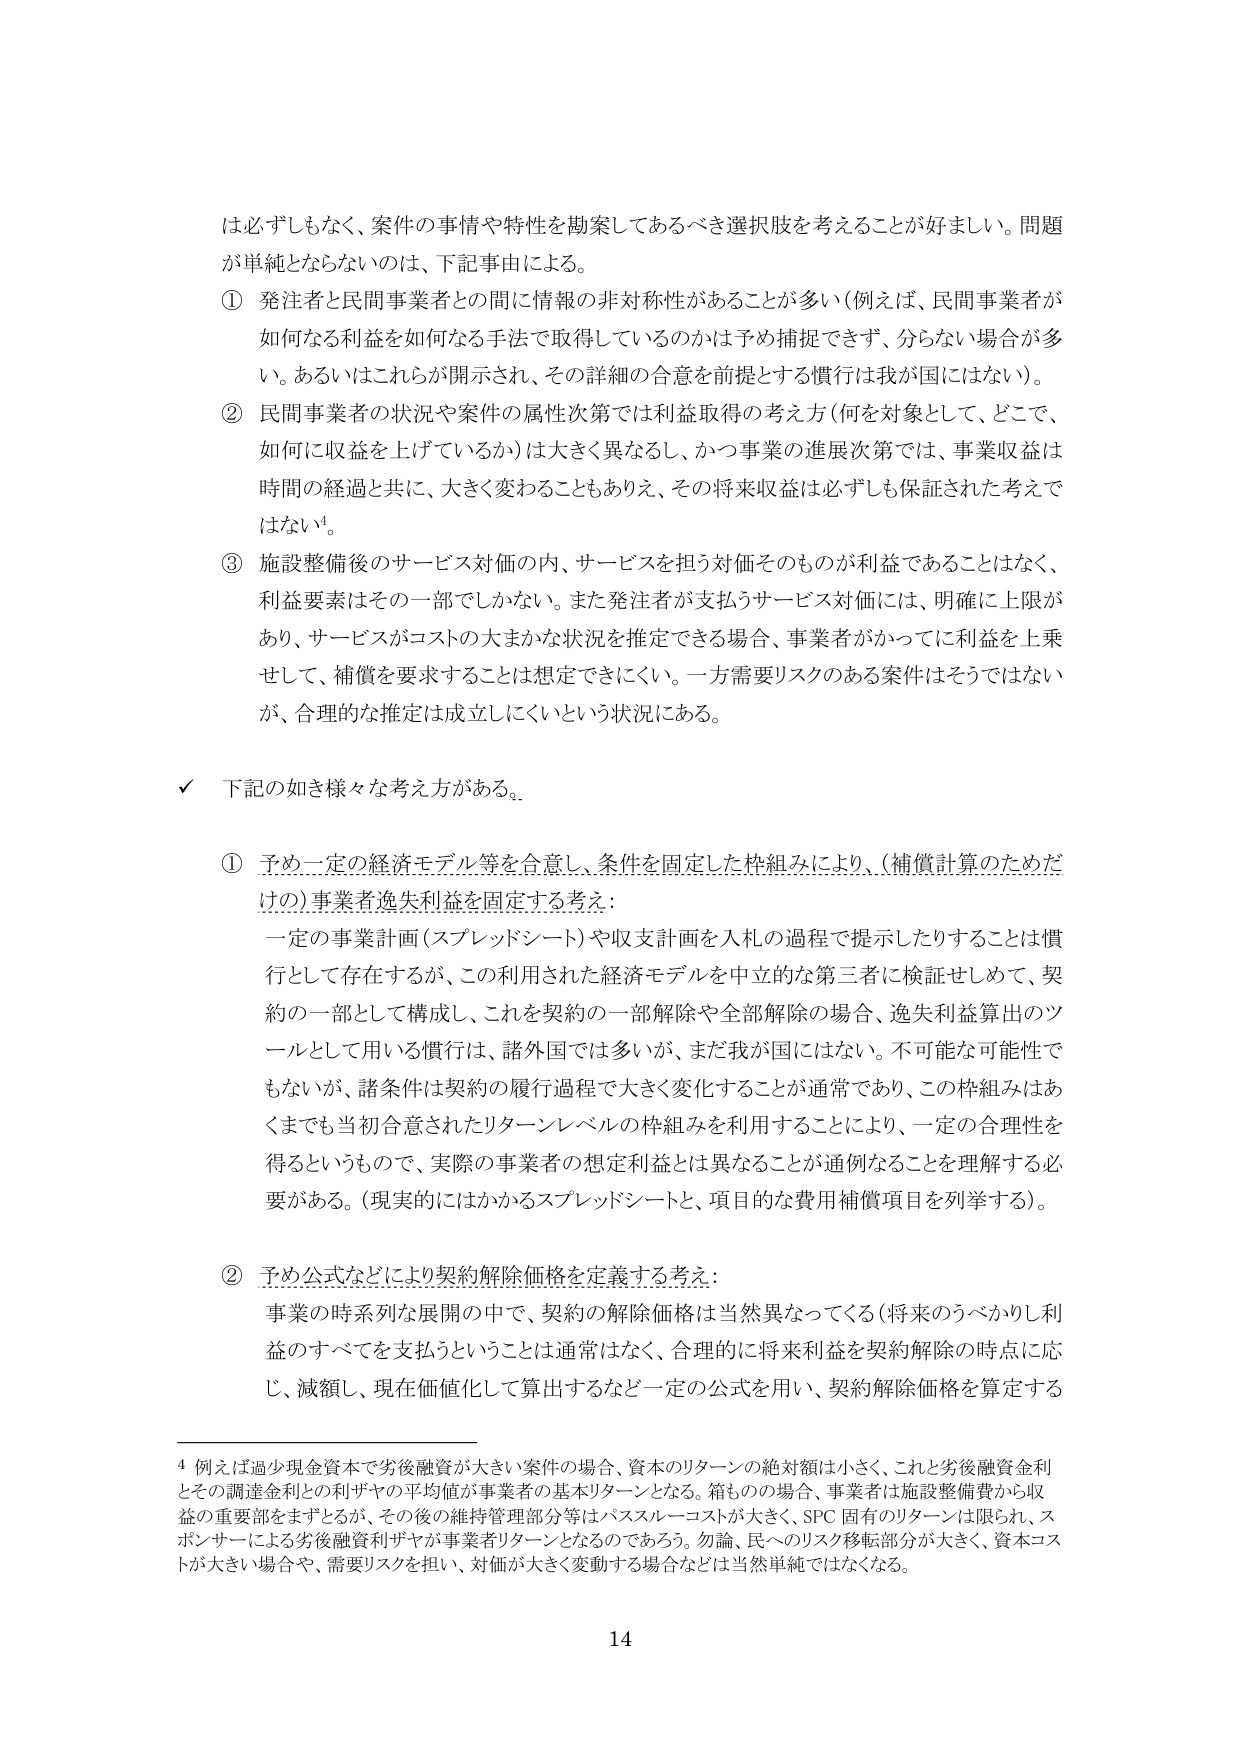
は必ずしもなく、案件の事情や特性を勘案してあるべき選択肢を考えることが好ましい。問題が単純とならないのは、下記事由による。

① 発注者と民間事業者との間に情報の非対称性があることが多い（例えば、民間事業者が如何なる利益を如何なる手法で取得しているのかは予め捕捉できず、分らない場合が多い。あるいはこれらが開示され、その詳細の合意を前提とする慣行は我が国にはない）。

② 民間事業者の状況や案件の属性次第では利益取得の考え方（何を対象として、どこで、如何に収益を上げているか）は大きく異なるし、かつ事業の進展次第では、事業収益は時間の経過と共に、大きく変わることもありえ、その将来収益は必ずしも保証された考えではない¹。

③ 施設整備後のサービス対価の内、サービスを担う対価そのものが利益であることはなく、利益要素はその一部でしかない。また発注者が支払うサービス対価には、明確に上限があり、サービスがコストの大まかな状況を推定できる場合、事業者がかってに利益を上乗せして、補償を要求することは想定できにくい。一方需要リスクのある案件はそうではないが、合理的な推定は成立しにくいという状況にある。

✓ 下記の如き様々な考え方がある。

① 予め一定の経済モデル等を合意し、条件を固定した枠組みにより、（補償計算のためだけの）事業者逸失利益を固定する考え：

一定の事業計画（スプレッドシート）や収支計画を入札の過程で提示したりすることは慣行として存在するが、この利用された経済モデルを中立的な第三者に検証せしめて、契約の一部として構成し、これを契約の一部解除や全部解除の場合、逸失利益算出のツールとして用いる慣行は、諸外国では多いが、まだ我が国にはない。不可能な可能性でもないが、諸条件は契約の履行過程で大きく変化することが通常であり、この枠組みはあくまでも当初合意されたリターンレベルの枠組みを利用することにより、一定の合理性を得るというもので、実際の事業者の想定利益とは異なることが通例なることを理解する必要がある。（現実的にはかかるスプレッドシートと、项目的な費用補償項目を列挙する）。

② 予め公式などにより契約解除価格を定義する考え：

事業の時系列な展開の中で、契約の解除価格は当然異なってくる（将来のうべかりし利益のすべてを支払うということは通常はなく、合理的に将来利益を契約解除の時点に応じ、減額し、現在価値化して算出するなど一定の公式を用い、契約解除価格を算定する

⁴ 例えば過少現金資本で劣後融資が大きい案件の場合、資本のリターンの絶対額は小さく、これと劣後融資金利とその調達金利との利ザヤの平均値が事業者の基本リターンとなる。箱ものの場合、事業者は施設整備費から収益の重要部をままするとが、その後の維持管理部分等はパススルーコストが大きく、SPC 固有のリターンは限られ、スポンサーによる劣後融資利ザヤが事業者リターンとなるのであろう。勿論、民へのリスク移転部分が大きく、資本コストが大きい場合や、需要リスクを担い、対価が大きく変動する場合などは当然単純ではなくなる。

14